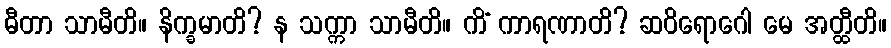
ဓီတာ သာမီတိ။ နိက္ခမာတိ? န သက္ကာ သာမီတိ။ ကိံ ကာရဏာတိ? ဆဝိရောဂေါ မေ အတ္ထီတိ။